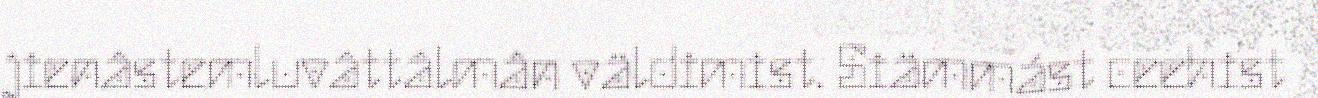
jienâstemluvâttâlmân väldimist. Siämmást ceehist